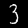
Digit: 3